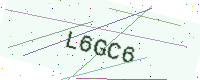
Text: L6GC6